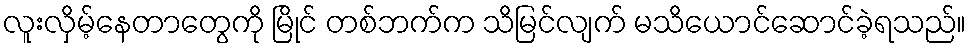
လူးလှိမ့်နေတာတွေကို မြိုင် တစ်ဘက်က သိမြင်လျက် မသိယောင်ဆောင်ခဲ့ရသည်။